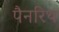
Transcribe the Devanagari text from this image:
पैनरिथ